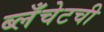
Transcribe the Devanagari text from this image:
ब्लँचेटची